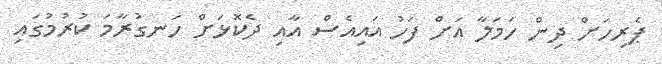
ޕެރިހަށް ދިން ހަމަލާ އަށް ފަހު އައިއެސް އާއި ދެކޮޅަށް ހަނގުރާމަ ކުރުމުގައި